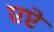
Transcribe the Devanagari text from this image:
एप्टे